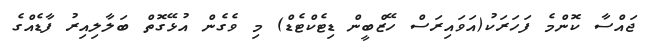
ޖައްސާ ކޮންމެ ފަހަރަކު(އަވައިރަސް ހޭޒްބީން ޑިޓެކްޓެޑް) މި ވެގެން އުޅޭގޮތް ބަލާލިއިރު ފާޑެއްގެ